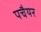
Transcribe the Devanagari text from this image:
पचैयर